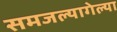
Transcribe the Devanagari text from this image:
समजल्यागेल्या